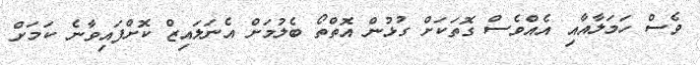
ވެސް ހަމަލާއާއި އެއްވެސް ގޮތަކަށް ގުޅުން އޮތްތޯ ބެލުމަށް އެނަލައިޒް ކޮށްފައިވާނެ ކަމަށް